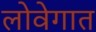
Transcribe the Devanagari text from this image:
लोवेगात